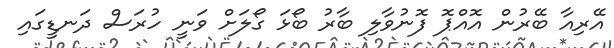
އޭރިއާ ބޭރުން އޮއްޕޮ ފޮނުވާލި ބާރު ބޯޅަ ގޯލަށް ވަނީ ހުރަސް ދަނޑީގައި